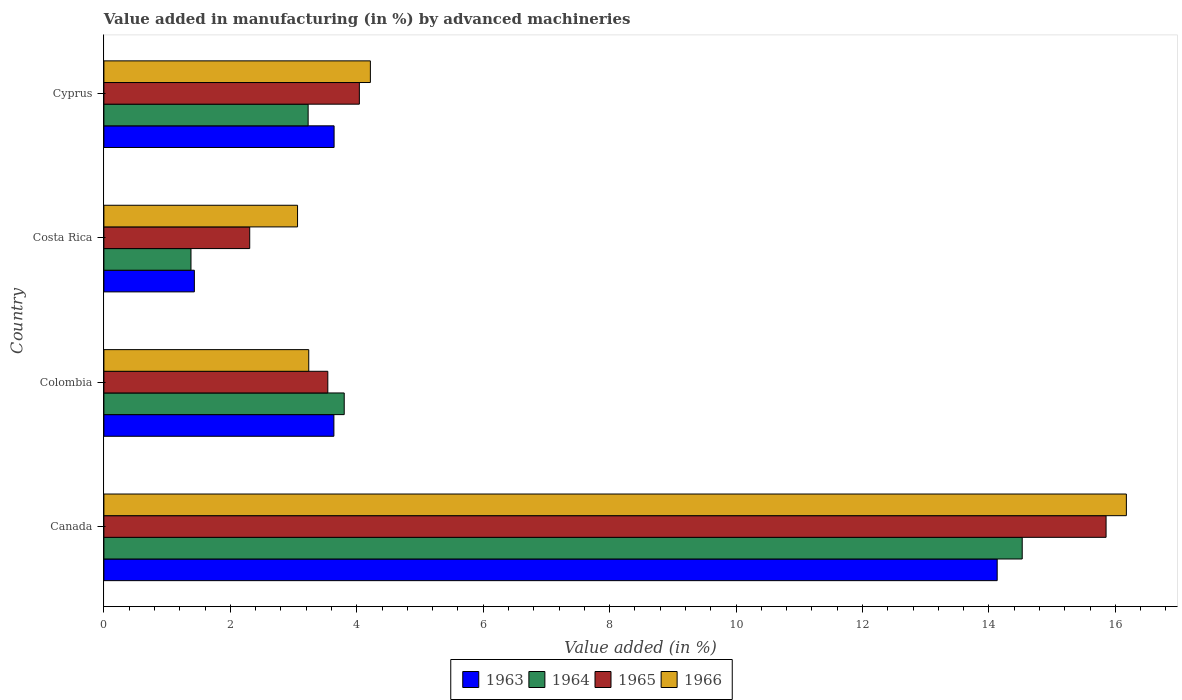
| Country | 1963 | 1964 | 1965 | 1966 |
 | --- | --- | --- | --- | --- |
 | Canada | 14.1 | 14.5 | 15.9 | 16.2 |
 | Colombia | 3.64 | 3.8 | 3.54 | 3.24 |
 | Costa Rica | 1.43 | 1.38 | 2.31 | 3.06 |
 | Cyprus | 3.64 | 3.23 | 4.04 | 4.22 |